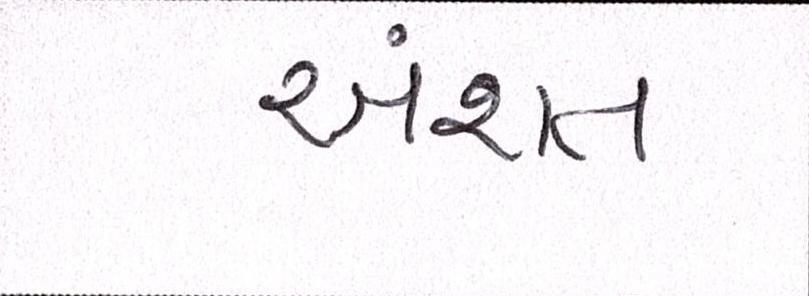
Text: અંશત